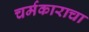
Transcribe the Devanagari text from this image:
चर्मकाराचा